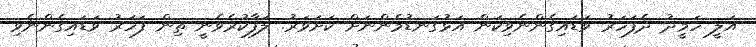
އަލީ ހަމީދު ދެފަހަރު ވަޑައިގެންނެވިކަން އަޅުގަނޑުމެންނަށް ކަށަވަރު. ލަފާކުރެވެނީ ތިން ފަހަރު ވަޑައިގެންނެވި